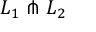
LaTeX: L _ { 1 } \pitchfork L _ { 2 }